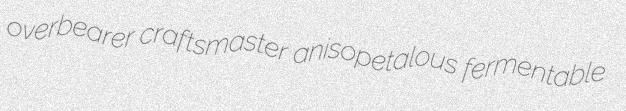
overbearer craftsmaster anisopetalous fermentable